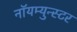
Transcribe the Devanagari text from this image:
नॉयम्युन्स्टर